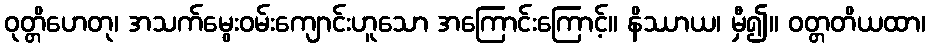
ဝုတ္တိဟေတု၊ အသက်မွေးဝမ်းကျောင်းဟူသော အကြောင်းကြောင့်။ နိဿာယ၊ မှီ၍။ ဝတ္တတိယထာ၊